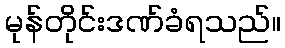
မုန်တိုင်းဒဏ်ခံရသည်။